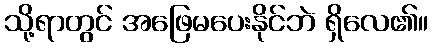
သို့ရာတွင် အဖြေမပေးနိုင်ဘဲ ရှိလေ၏။